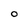
Character: O